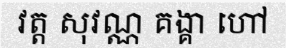
វត្ត សុវណ្ណ គង្គា ហៅ